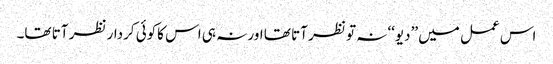
اس عمل میں ’’دیو‘‘ نہ تو نظر آتا تھا اور نہ ہی اس کاکوئی کردار نظر آتا تھا۔